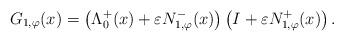
\begin{align*}G_{1, \varphi}(x) = \left(\Lambda^{+}_{0}(x) + \varepsilon N_{1,\varphi}^{-}(x)\right) \left(I + \varepsilon N_{1,\varphi}^{+}(x)\right).\end{align*}